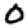
Digit: 0